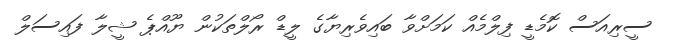
ސީރިއަސް ކޮމެޑީ ފިލްމެއް ކަމަށްވާ ބައިވެރިޔާގެ ލީޑް ރޯލްތަކުން ޔޫއްޕެ ޝީލާ ފައިސަލް